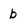
Character: b